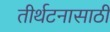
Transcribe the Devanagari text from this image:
तीर्थटनासाठी